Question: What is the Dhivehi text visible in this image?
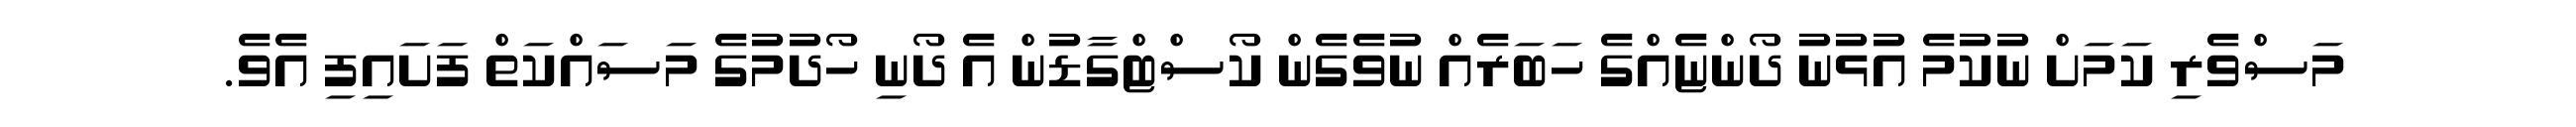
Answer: މަސްވެރި ކަމަށް ނުކުމެ އުޅުނު ދޯންޏެއްގެ ހަބަރެއް ނުވެގެން ކޯސްޓްގާޑުން އެ ދޯނި ހޯދުމުގެ މަސައްކަތް ފަށައިފި އެވެ.